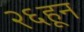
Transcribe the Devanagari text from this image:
२६हून